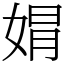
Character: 𡝭